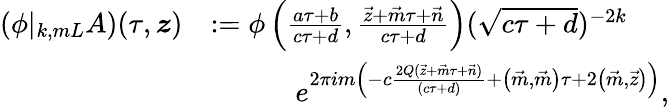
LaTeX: \begin{array}{rl}{(\phi|_{k,mL}A)(\tau,\boldsymbol{z})}&{:=\phi\left(\frac{a\tau+b}{c\tau+d},\frac{\vec{z}+\vec{m}\tau+\vec{n}}{c\tau+d}\right)(\sqrt{c\tau+d})^{-2k}}\\ &{\quad\quad\quad e^{2\pi im\left(-c\frac{2Q(\vec{z}+\vec{m}\tau+\vec{n})}{(c\tau+d)}+\left(\vec{m},\vec{m}\right)\tau+2\left(\vec{m},\vec{z}\right)\right)},}\end{array}